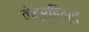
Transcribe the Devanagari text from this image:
केंद्रबिन्दु